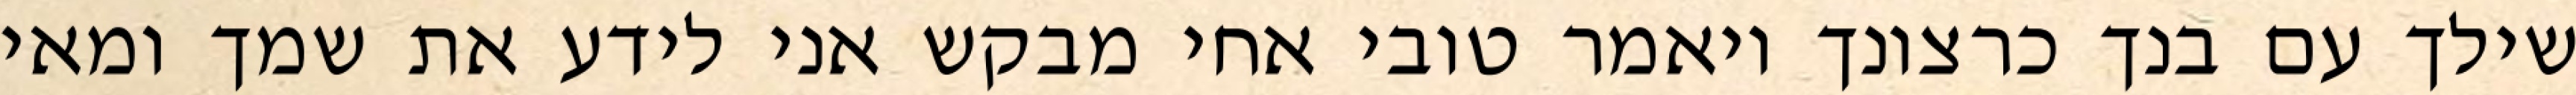
שילך עם בנך כרצונך ויאמר טובי אחי מבקש אני לידע את שמך ומאי